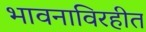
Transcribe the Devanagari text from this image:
भावनाविरहीत